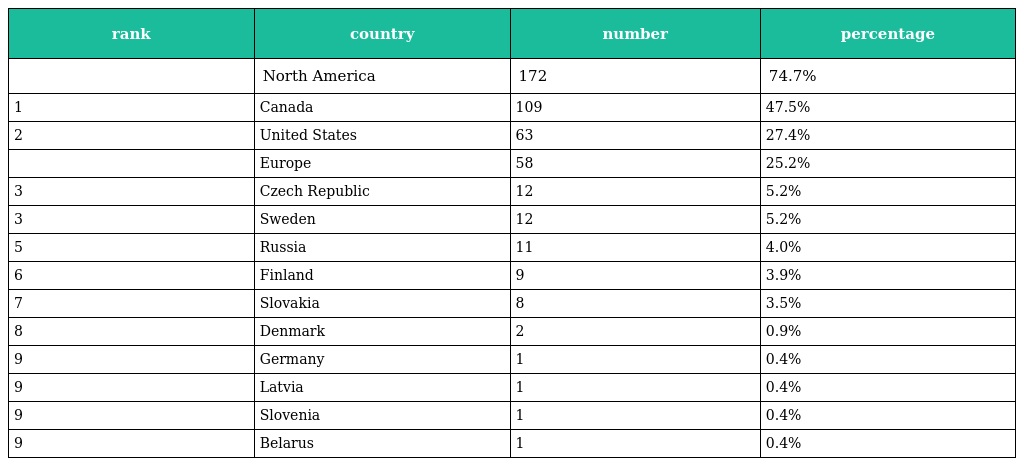
| rank | country | number | percentage |
 | --- | --- | --- | --- |
 |  | North America | 172 | 74.7% |
 | 1 | Canada | 109 | 47.5% |
 | 2 | United States | 63 | 27.4% |
 |  | Europe | 58 | 25.2% |
 | 3 | Czech Republic | 12 | 5.2% |
 | 3 | Sweden | 12 | 5.2% |
 | 5 | Russia | 11 | 4.0% |
 | 6 | Finland | 9 | 3.9% |
 | 7 | Slovakia | 8 | 3.5% |
 | 8 | Denmark | 2 | 0.9% |
 | 9 | Germany | 1 | 0.4% |
 | 9 | Latvia | 1 | 0.4% |
 | 9 | Slovenia | 1 | 0.4% |
 | 9 | Belarus | 1 | 0.4% |